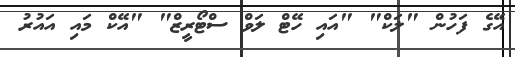
އޭގެ ފަހުން "ލަކް" "އައި ހޭޓް ލަވް ސްޓޯރީޒް" "އޭކް މައި އައުރު